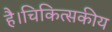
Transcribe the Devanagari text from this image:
है।चिकित्सकीय